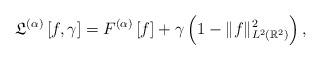
LaTeX: \begin{align*}\mathfrak{L}^{(\alpha)} \left[f , \gamma \right] = F^{(\alpha)} \left[f \right] + \gamma \left( 1- \|f \|_{L^2 (\mathbb{R}^2)}^2 \right),\end{align*}